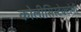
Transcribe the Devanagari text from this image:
कोलीसिस्टेक्टोमी